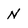
Character: N